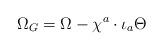
LaTeX: \begin{align*} \Omega _G=\Omega -\chi ^a\cdot\iota _a\Theta \end{align*}